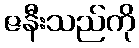
ဇနီးသည်ကို